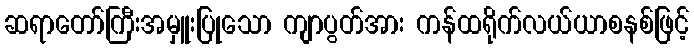
ဆရာတော်ကြီးအမှူးပြုသော ကျာပွတ်အား ကန်ထရိုက်လယ်ယာစနစ်ဖြင့်